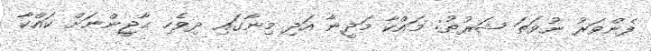
ފެންވަރު ނުވަތަ ޝަރުޠު: މައްކާ މަދީނާ އަދި މިނާގައި ދިވެހި ޙާޖީންނަށް ކައްކާ